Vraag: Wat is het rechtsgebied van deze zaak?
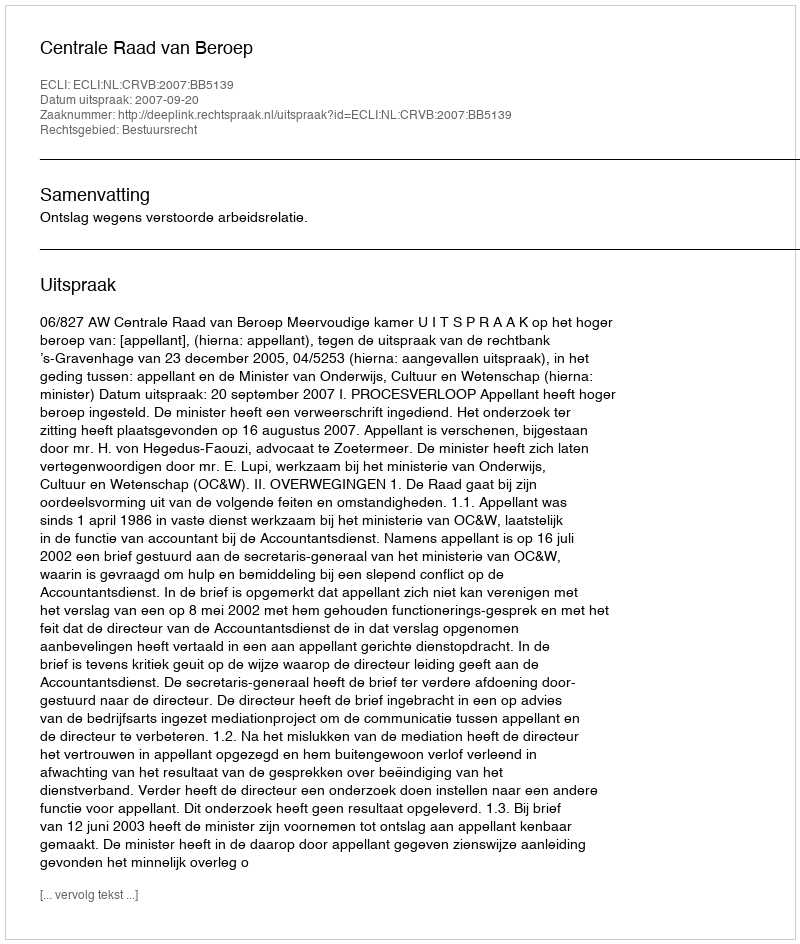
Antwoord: Bestuursrecht